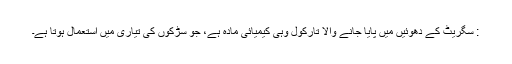
: سگریٹ کے دھوئیں میں پایا جانے والا تارکول وہی کیمیائی مادہ ہے، جو سڑکوں کی تیاری میں استعمال ہوتا ہے۔